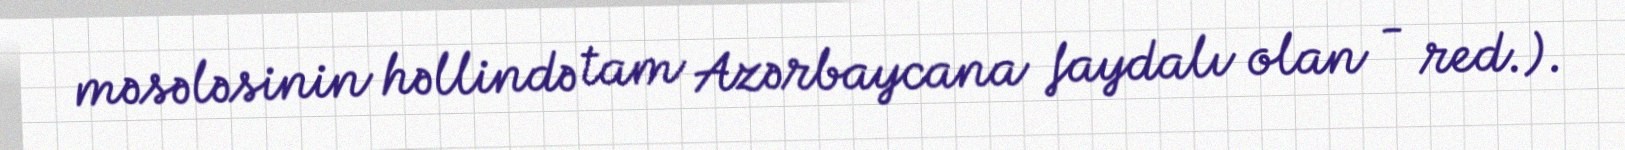
məsələsinin həllində tam Azərbaycana faydalı olan - red.).